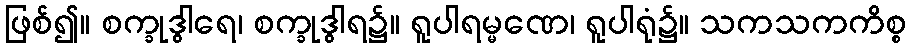
ဖြစ်၍။ စက္ခုဒွါရေ၊ စက္ခုဒွါရ၌။ ရူပါရမ္မဏေ၊ ရူပါရုံ၌။ သကသကကိစ္စ